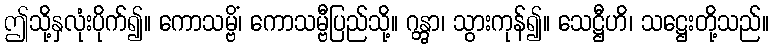
ဤသို့နှလုံးပိုက်၍။ ကောသမ္ဗိံ၊ ကောသမ္ဗီပြည်သို့။ ဂန္တွာ၊ သွားကုန်၍။ သေဋ္ဌီဟိ၊ သဋ္ဌေးတို့သည်။